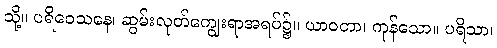
သို့။ ပရိဝေသနေ၊ ဆွမ်းလုတ်ကျွေးရာအရပ်၌။ ယာဝတာ၊ ကုန်သော။ ပရိသာ၊